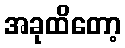
အခုထိတော့